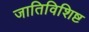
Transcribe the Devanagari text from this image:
जातिविशिष्ट